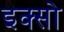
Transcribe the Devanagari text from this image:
इक्सो